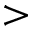
>